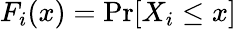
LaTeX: F_{i}(x)=\operatorname*{Pr}[X_{i}\leq x]